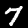
Label: 7